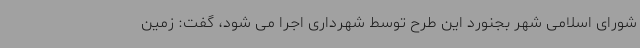
شورای اسلامی شهر بجنورد این طرح توسط شهرداری اجرا می شود، گفت: زمین